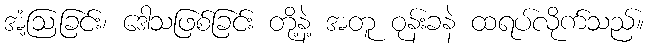
အံ့ဩခြင်း၊ ဒေါသဖြစ်ခြင်း တို့နဲ့ အတူ ဝုန်းခနဲ ထရပ်လိုက်သည်။